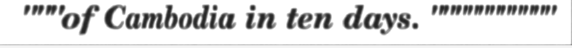
"""of Cambodia in ten days. """""""""""